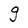
Character: g